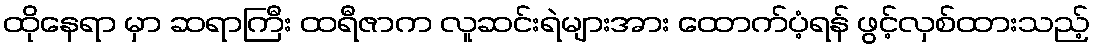
ထိုနေရာ မှာ ဆရာကြီး ထရီဇာက လူဆင်းရဲများအား ထောက်ပံ့ရန် ဖွင့်လှစ်ထားသည့်